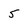
Character: 5